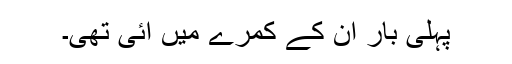
پہلی بار ان کے کمرے میں آئی تھی۔